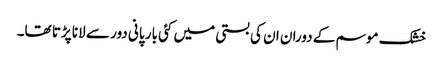
خشک موسم کے دوران ان کی بستی میں کئی بار پانی دور سے لانا پڑتا تھا۔